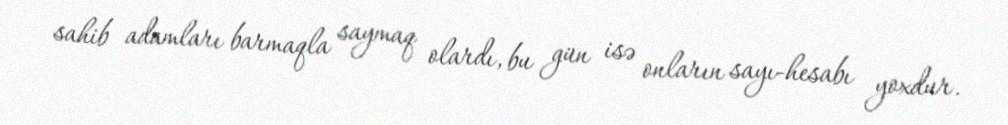
sahib adamları barmaqla saymaq olardı, bu gün isə onların sayı-hesabı yoxdur.